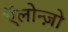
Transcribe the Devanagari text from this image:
ऍलोन्ज़ो